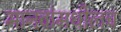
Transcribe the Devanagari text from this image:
मानवांमधीलच